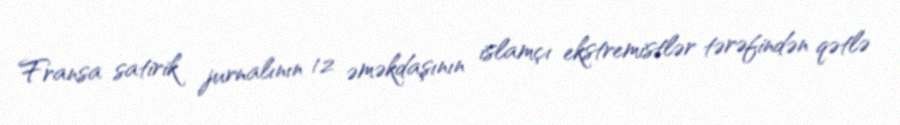
Fransa satirik jurnalının 12 əməkdaşının islamçı ekstremistlər tərəfindən qətlə